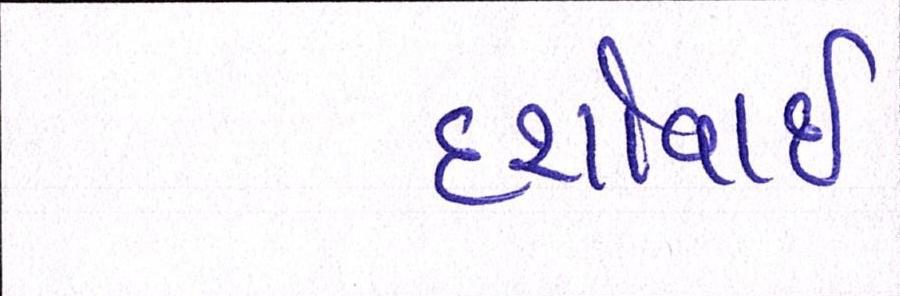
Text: દર્શાવાઈ